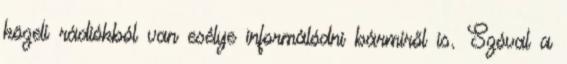
közeli rádiókból van esélye informálódni bármiről is. Szóval a